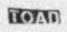
TOAD